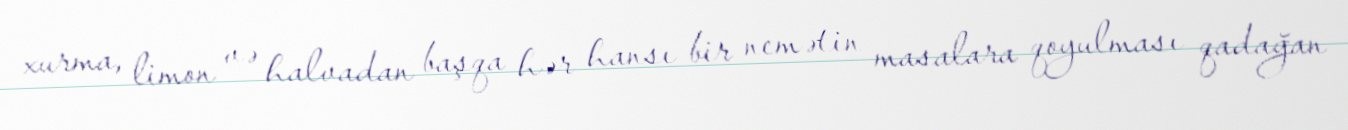
xurma, limon və halvadan başqa hər hansı bir nemətin masalara qoyulması qadağan